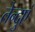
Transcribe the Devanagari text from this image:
तेन्दुएं